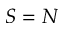
S = N